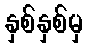
နှစ်နှစ်မှ